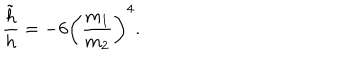
LaTeX: \frac { \tilde { h } } { h } = - 6 \left( \frac { m _ { 1 } } { m _ { 2 } } \right) ^ { 4 } .